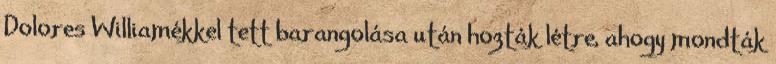
Dolores Williamékkel tett barangolása után hozták létre, ahogy mondták